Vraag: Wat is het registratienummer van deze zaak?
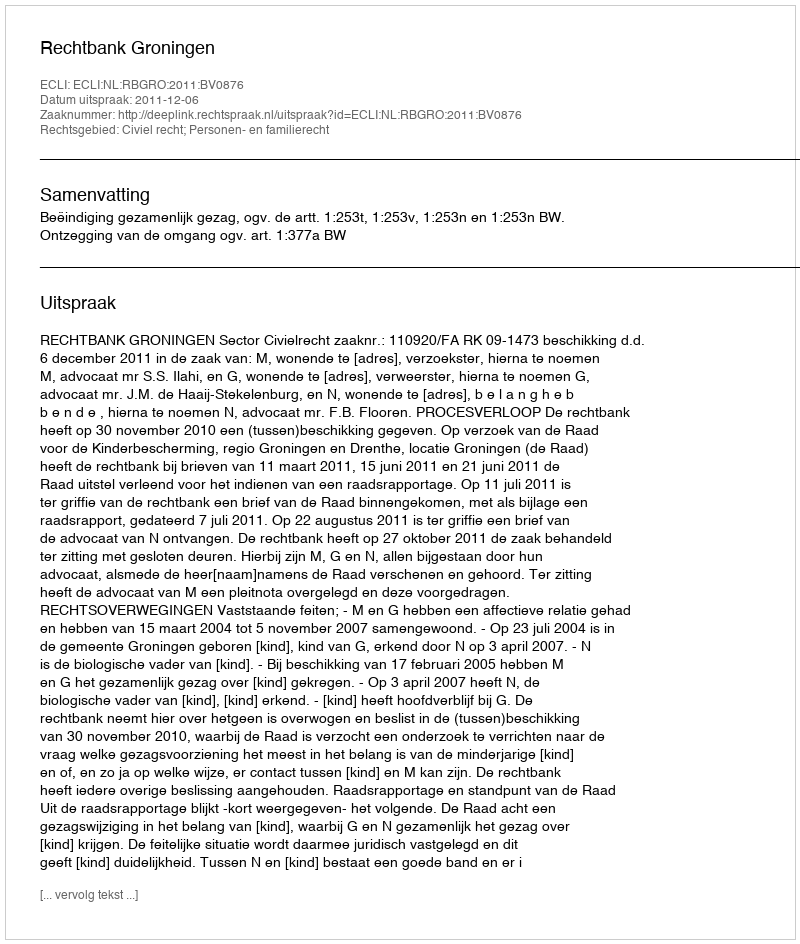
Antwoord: http://deeplink.rechtspraak.nl/uitspraak?id=ECLI:NL:RBGRO:2011:BV0876